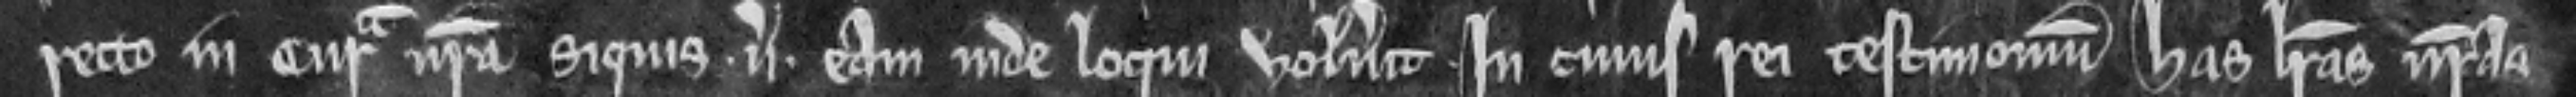
recto in curia nostra siquis. versus. eam inde loqui voluerit. In cujus rei testimonium has litteras nostras